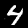
Digit: 4